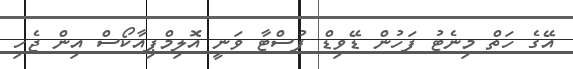
އޭގެ ހަތް މިނެޓު ފަހުން ޑޭވިޑް ފުސްޓާ ވަނީ އޮލިމްޕިއާކޯސް އިން ޖެހި